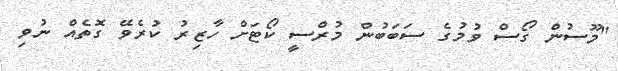
"މޫސުން ގޯސް ވުމުގެ ސަބަބުން މުރްސީ ކޯޓަށް ހާޒިރު ކުރެވޭ ގޮތެއް ނުވި